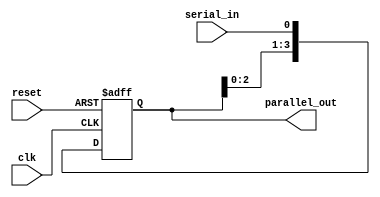
module sipo_shift_register(
    input wire clk,
    input wire reset,
    input wire serial_in,
    output reg [3:0] parallel_out
);

reg [3:0] shift_reg;

always @(posedge clk or posedge reset) begin
    if (reset) begin
        shift_reg <= 4'b0000;
    end else begin
        shift_reg <= {shift_reg[2:0], serial_in};
    end
end

assign parallel_out = shift_reg;

endmodule